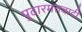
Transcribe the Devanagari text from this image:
पुढारमतवादी